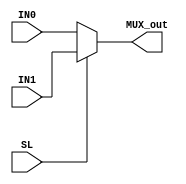
module MUX2 (
    input wire IN0,
    input wire IN1,
    input wire SL,
    output wire MUX_out

);
assign MUX_out=SL?IN1:IN0;
    
endmodule